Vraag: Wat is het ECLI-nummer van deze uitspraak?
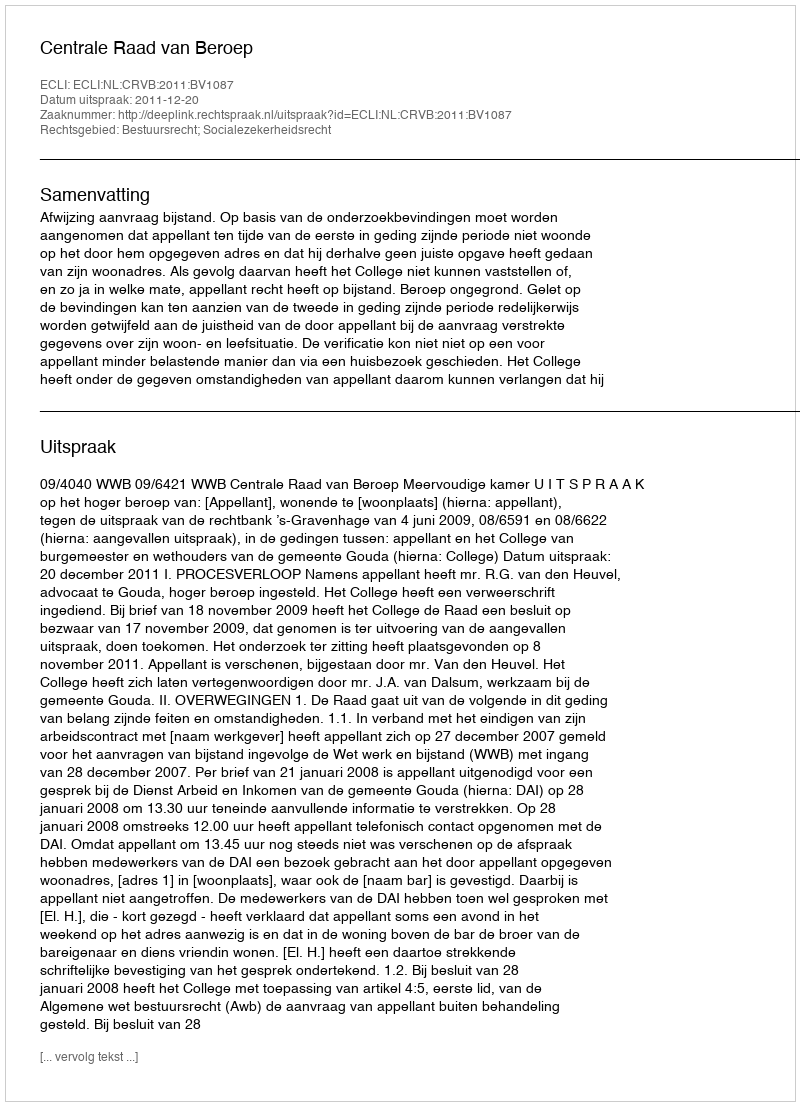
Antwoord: ECLI:NL:CRVB:2011:BV1087